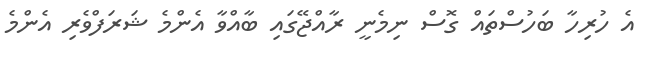
އެ ހުރިހާ ބަހުސްތައް ގޮސް ނިމެނީ ރާއްޖޭގައި ބާއްވާ އެންމެ ޝަރަފްވެރި އެންމެ